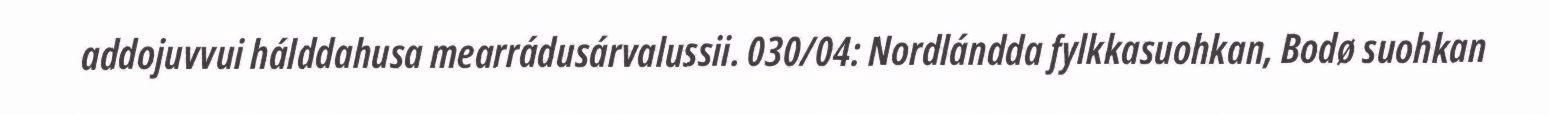
addojuvvui hálddahusa mearrádusárvalussii. 030/04: Nordlándda fylkkasuohkan, Bodø suohkan